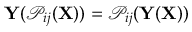
\mathbf { Y } ( \mathcal { P } _ { i j } ( \mathbf { X } ) ) = \mathcal { P } _ { i j } ( \mathbf { Y } ( \mathbf { \mathbf { X } } ) )